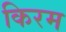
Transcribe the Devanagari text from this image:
किरम